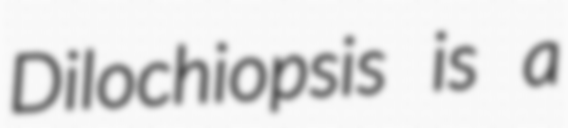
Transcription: Dilochiopsis is a